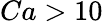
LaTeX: Ca>10